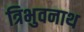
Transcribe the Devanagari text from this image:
त्रिभुवनाथ